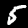
Digit: 5